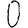
Digit: 0